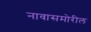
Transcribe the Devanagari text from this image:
नावासमोरील